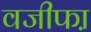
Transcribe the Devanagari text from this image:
वजीफा़